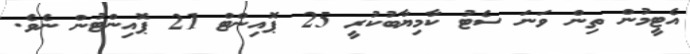
އެޓީމުން ތިން ވަނަ ސެޓު ކާމިޔާބުކުރީ 25 ޕޮއިންޓް 21 ޕޮއިންޓުން ނެވެ.